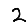
Digit: 2